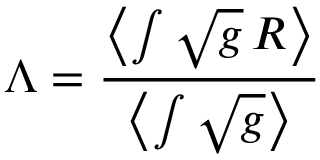
\Lambda = \frac { \left< \int \sqrt { g } \, R \right> } { \left< \int \sqrt { g } \right> }